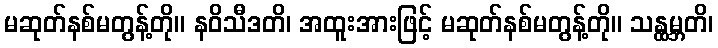
မဆုတ်နစ်မတွန့်တို။ နဝိသီဒတိ၊ အထူးအားဖြင့် မဆုတ်နစ်မတွန့်တို။ သန္ထမ္ဘတိ၊